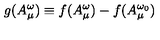
g ( A _ { \mu } ^ { \omega } ) \equiv f ( A _ { \mu } ^ { \omega } ) - f ( A _ { \mu } ^ { \omega _ { 0 } } )